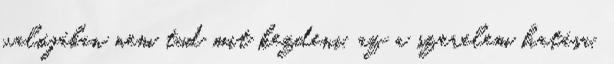
valójában nem tud mit kezdeni, az a szerelem hatása.